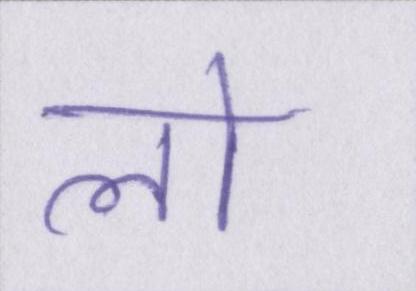
लो